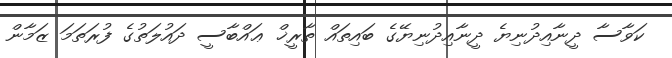
ކަވާސާ ދީނާއިދުނިޔެ ދީނާއިދުނިޔޭގެ ބައިތައް ތާރީޚް ޢައްބާސީ ދައުލަތުގެ ފުރަތަމަ ޒަމާން